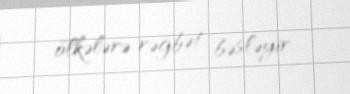
ölkələrə rəğbət bəsləyir.